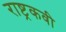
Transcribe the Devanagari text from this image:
राष्ट्रकवी